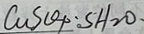
C u S o 4 : S H _ { 2 } O .